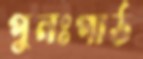
পুনঃপাঠ